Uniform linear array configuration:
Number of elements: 12
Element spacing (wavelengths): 0.5
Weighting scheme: blackman
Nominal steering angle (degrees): -30
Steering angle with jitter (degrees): -31.709
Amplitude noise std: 0.05
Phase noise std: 0.05

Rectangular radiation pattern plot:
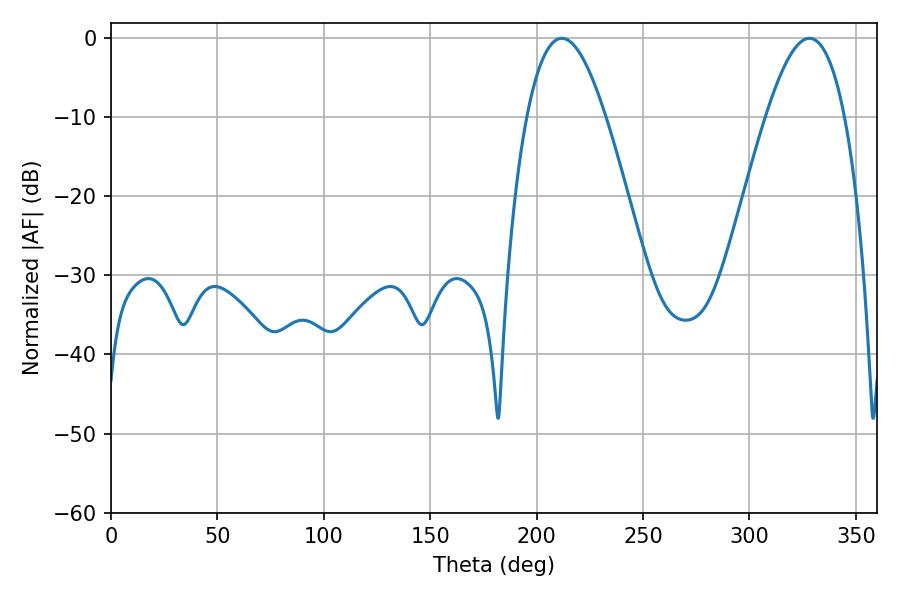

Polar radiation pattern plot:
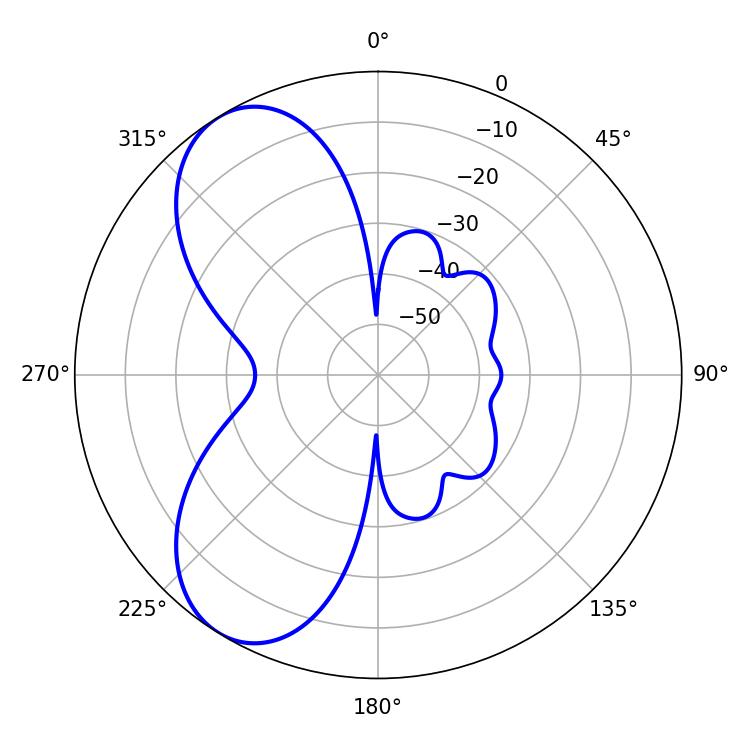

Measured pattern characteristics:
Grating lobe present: FALSE
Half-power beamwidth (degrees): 20.16
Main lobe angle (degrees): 328.14